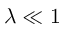
\lambda \ll 1